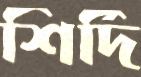
শির্দি